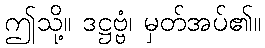
ဤသို့။ ဒဋ္ဌဗ္ဗံ၊ မှတ်အပ်၏။